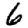
Digit: 6